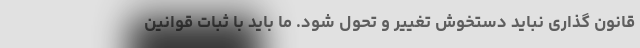
قانون گذاری نباید دستخوش تغییر و تحول شود. ما باید با ثبات قوانین